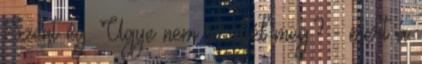
Szent ég. Ugye nem sérültél meg? - mert a